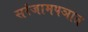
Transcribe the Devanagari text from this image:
सरंजामपञात